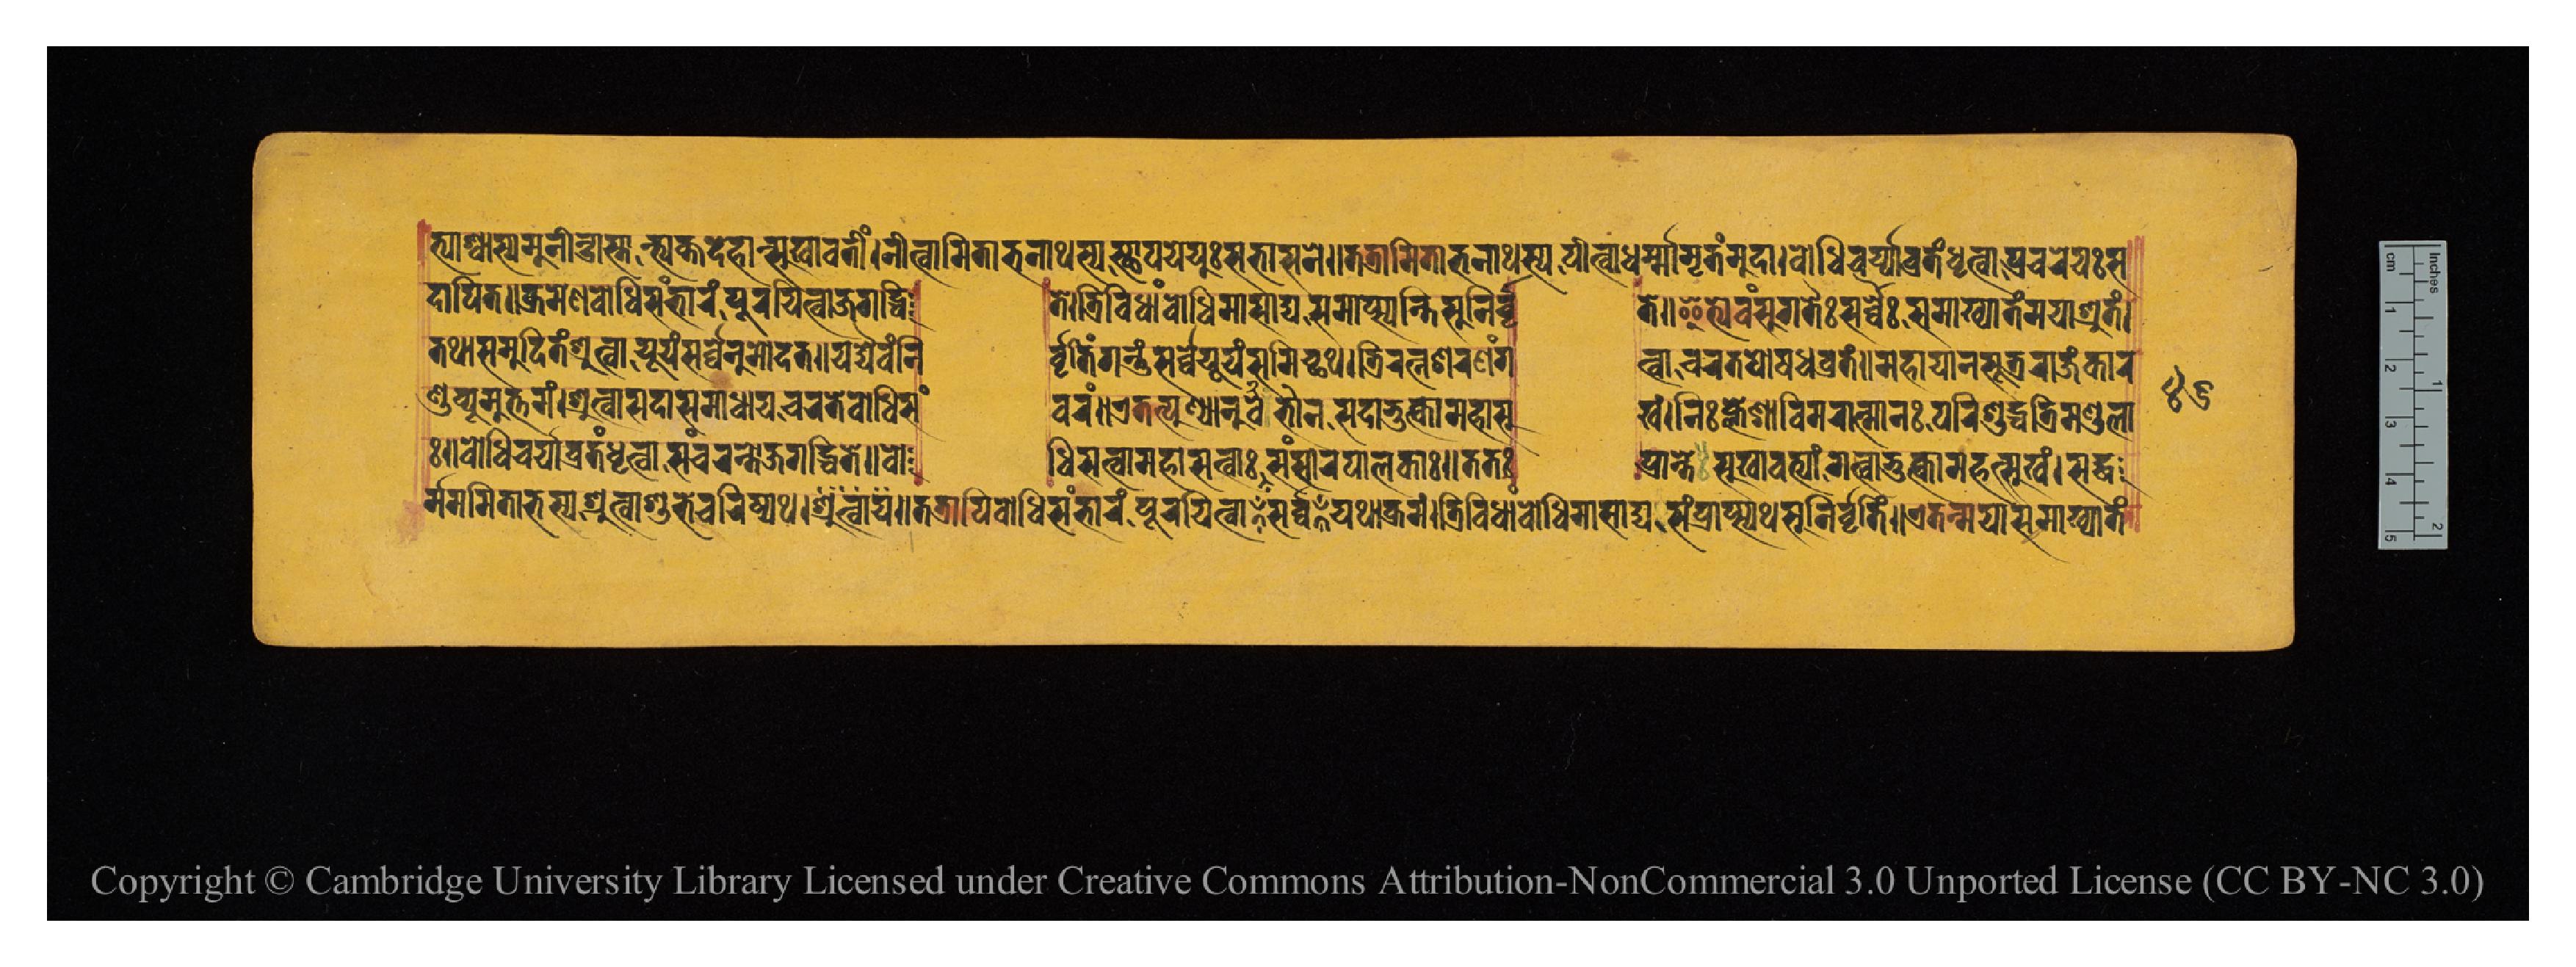
𑐟𑑂𑐫𑐵𑐱𑑂𑐰𑐵𑐳𑑂𑐫𑐩𑐸𑐣𑐷𑐣𑑂𑐡𑑂𑐬𑐵𑐳𑑂𑐟𑐵𑐣𑑂𑐟𑑂𑐫𑐎𑑂𑐟𑐡𑐾𑐴𑐵𑐣𑑂𑐳𑐸𑐏𑐵𑐰𑐟𑐷𑑄𑑋𑐣𑐷𑐟𑑂𑐰𑐵𑐩𑐶𑐟𑐵𑐨𑐣𑐵𑐠𑐳𑑂𑐫𑐳𑑂𑐠𑐵𑐥𑐫𑐾𑐫𑐸𑑅𑐳𑐨𑐵𑐳𑐣𑐾𑑌𑐟𑐟𑑂𑐬𑐵𑐩𑐶𑐟𑐵𑐨𑐣𑐵𑐠𑐳𑑂𑐫𑐥𑐷𑐟𑑂𑐰𑐵𑐢𑐬𑑂𑐩𑐵𑐩𑐺𑐟𑑄𑐩𑐸𑐡𑐵𑑋𑐧𑑀𑐢𑐶𑐔𑐬𑑂𑐫𑐵𑐰𑑂𑐬𑐟𑑄𑐢𑐺𑐟𑑂𑐰𑐵𑐥𑑂𑐬𑐔𑐬𑐾𑐫𑐸𑑅𑐳 𑐡𑐵𑐥𑐶𑐟𑐾𑑌𑐎𑑂𑐬𑐩𑐾𑐞𑐧𑑀𑐢𑐶𑐳𑑄𑐨𑐵𑐬𑑄𑐥𑐹𑐬𑐫𑐶𑐟𑑂𑐰𑐵𑐖𑐐𑐡𑑂𑐢𑐶  𑐟𑐾𑑋𑐟𑑂𑐬𑐶𑐰𑐶𑐢𑐵𑑄𑐧𑑀𑐢𑐶𑐩𑐵𑐳𑐵𑐡𑑂𑐫𑐳𑐩𑐵𑐥𑑂𑐳𑑂𑐫𑐣𑑂𑐟𑐶𑐳𑐸𑐣𑐶𑐬𑑂𑐰𑐺  𑐟𑐾𑑌𑐂𑐟𑑂𑐫𑐾𑐰𑑄𑐳𑐸𑐐𑐟𑐿𑑅𑐳𑐬𑑂𑐰𑑂𑐰𑐿𑑅𑐳𑐩𑐵𑐏𑑂𑐫𑐵𑐟𑑄𑐩𑐫𑐵𑐱𑑂𑐬𑐸𑐟𑑄𑑋 𑐟𑐠𑐵𑐳𑐩𑐸𑐡𑐶𑐟𑑄𑐱𑑂𑐬𑐹𑐟𑑂𑐰𑐵𑐫𑐹𑐫𑑄𑐳𑐬𑑂𑐰𑑂𑐰𑐾𑐣𑐸𑐩𑑀𑐡𑐟𑑌𑐫𑐡𑑂𑐫𑐾𑐰𑑄𑐣𑐶  𑐬𑑂𑐰𑐺𑐟𑐶𑑄𑐐𑐣𑑂𑐟𑐸𑑄𑐳𑐬𑑂𑐰𑑂𑐰𑐾𑐫𑐹𑐫𑑄𑐳𑐩𑐶𑐔𑑂𑐕𑐠𑑋𑐟𑑂𑐬𑐶𑐬𑐟𑑂𑐣𑐱𑐬𑐞𑑄𑐐  𑐟𑑂𑐰𑐵𑐔𑐬𑐟𑐥𑑀𑐲𑐢𑐰𑑂𑐬𑐟𑑄𑑌𑐩𑐴𑐵𑐫𑐵𑐣𑐳𑐹𑐟𑑂𑐬𑐬𑐵𑐖𑑄𑐎𑐵𑐬 𑐞𑑂𑐜𑐰𑑂𑐫𑐹𑐴𑐩𑐸𑐟𑑂𑐟𑐩𑑄𑑋𑐱𑑂𑐬𑐸𑐟𑑂𑐰𑐵𑐳𑐡𑐵𑐳𑐩𑐵𑐢𑐵𑐫𑐔𑐬𑐟𑐾𑐧𑑀𑐢𑐶𑐳𑑄  𑐰𑐬𑑄𑑌𑐊𑐟𑐟𑑂𑐥𑐸𑐞𑑂𑐫𑐵𑐣𑐸𑐨𑐵𑐰𑐾𑐣𑐳𑐡𑐵𑐀𑐨𑐸𑐎𑑂𑐟𑑂𑐰𑐵𑐩𑐴𑐵𑐳𑐸  𑐏𑑄𑑋𑐣𑐶𑑅𑐎𑑂𑐮𑐾𑐱𑐵𑐰𑐶𑐩𑐮𑐵𑐟𑑂𑐩𑐵𑐣𑑅𑐥𑐬𑐶𑐱𑐸𑐡𑑂𑐢𑐟𑑂𑐬𑐶𑐩𑐞𑑂𑐜𑐮𑐵 𑑅𑑌𑐧𑑀𑐢𑐶𑐔𑐬𑑂𑐫𑐵𑐰𑑂𑐬𑐟𑑄𑐢𑐺𑐟𑑂𑐰𑐵𑐳𑐘𑑂𑐔𑐬𑐣𑑂𑐟𑑀𑐖𑐐𑐡𑑂𑐢𑐶𑐟𑐾𑑌𑐧𑑀  𑐢𑐶𑐳𑐟𑑂𑐰𑐵𑐩𑐴𑐵𑐳𑐟𑑂𑐰𑐵𑑅𑐳𑐬𑑂𑐰𑑂𑐰𑐳𑑄𑐳𑐵𑐬𑐥𑐵𑐮𑐎𑐵𑑅𑑋𑐟𑐟𑑅  𑐥𑑂𑐬𑐵𑐣𑑂𑐟𑐾𑐳𑐸𑐏𑐵𑐰𑐟𑑂𑐫𑐵𑑄𑐐𑐟𑑂𑐰𑐵𑐨𑐸𑐎𑑂𑐟𑑂𑐰𑐵𑐩𑐴𑐟𑑂𑐳𑐸𑐏𑑄𑑋𑐳𑐡𑑂𑐢 𑐬𑑂𑐩𑐩𑐶𑐟𑐵𑐨𑐳𑑂𑐫𑐱𑑂𑐬𑐸𑐟𑑂𑐰𑐵𑐱𑐸𑐨𑐾𑐔𑐬𑐶𑐲𑑂𑐫𑐠𑑌𑐱𑑂𑐬𑐹𑐟𑑂𑐰𑐵𑐫𑑌𑐟𑐟𑑂𑐬𑐵𑐥𑐶𑐧𑑀𑐢𑐶𑐳𑑄𑐨𑐵𑐬𑑄𑐥𑐹𑐬𑐫𑐶𑐟𑑂𑐰𑐵𑐳𑐬𑑂𑐰𑑂𑐰𑐫𑐠𑐵𑐎𑑂𑐬𑐩𑑄𑑋𑐟𑑂𑐬𑐶𑐰𑐶𑐢𑐵𑑄𑐧𑑀𑐢𑐶𑐩𑐵𑐳𑐵𑐢𑑂𑐫𑐳𑑄𑐥𑑂𑐬𑐵𑐥𑑂𑐳𑑂𑐫𑐠𑐳𑐸𑐣𑐶𑐬𑑂𑐰𑐺𑐟𑐶𑑄𑑌𑐊𑐟𑐣𑑂𑐩𑐫𑐵𑐳𑐩𑐵𑐏𑑂𑐫𑐵𑐟𑑄 𑑔𑑖